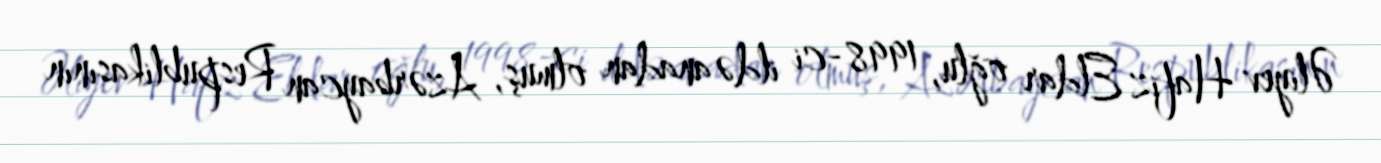
Əliyev Hafiz Eldar oğlu, 1998-ci ildə anadan olmuş, Azərbaycan Respublikasının